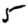
Digit: 5